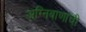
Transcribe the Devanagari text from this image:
अग्निबाणांची